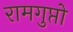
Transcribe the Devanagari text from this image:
रामगुप्तो